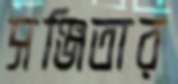
সঞ্জিতার